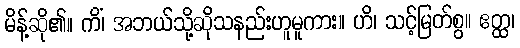
မိန့်ဆို၏။ ကိံ၊ အဘယ်သို့ဆိုသနည်းဟူမူကား။ ဟိ၊ သင့်မြတ်စွ။ ဧတ္ထ၊